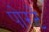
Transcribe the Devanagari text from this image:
पोरटें